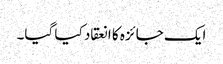
ایک جائزہ کا انعقاد کیا گیا۔